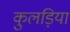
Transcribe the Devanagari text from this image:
कुलड़िया